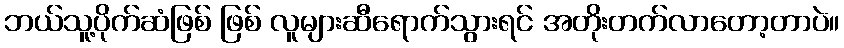
ဘယ်သူ့ပိုက်ဆံဖြစ် ဖြစ် လူများဆီရောက်သွားရင် အတိုးတက်လာတော့တာပဲ။